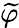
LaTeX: \widetilde{\varphi}